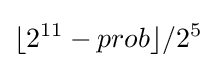
\lfloor 2^{11}-prob\rfloor /2^{5}